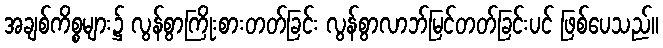
အချစ်ကိစ္စများ၌ လွန်စွာကြိုးစားတတ်ခြင်း လွန်စွာလာဘ်မြင်တတ်ခြင်းပင် ဖြစ်ပေသည်။